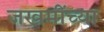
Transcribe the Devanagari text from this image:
जखमींच्या